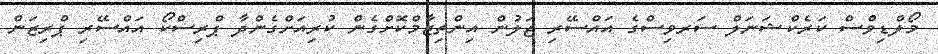
މޯލްޑިވްސް ކަރެކްޝަނަލް ސަރވިސްގެ އައްސޭރި ޖަލުން އިންތިޒާމްކޮށްގެން ކުރިއަށްގެންދާ ޕްރިސްކޯ އައްސޭރި ޕްރިޒަން